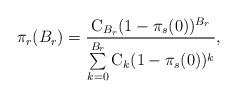
LaTeX: \begin{align*}\pi_r(B_r)=\frac{\mathrm{C}_{B_r} (1-\pi_s(0))^{B_r}} {\sum\limits_{k=0}^{B_r} \mathrm{C}_k (1-\pi_s(0))^k}, \end{align*}